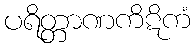
ပရိတ္တာဏကိဋိကံ